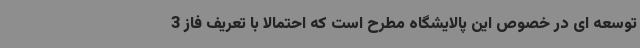
توسعه ای در خصوص این پالایشگاه مطرح است که احتمالا با تعریف فاز 3